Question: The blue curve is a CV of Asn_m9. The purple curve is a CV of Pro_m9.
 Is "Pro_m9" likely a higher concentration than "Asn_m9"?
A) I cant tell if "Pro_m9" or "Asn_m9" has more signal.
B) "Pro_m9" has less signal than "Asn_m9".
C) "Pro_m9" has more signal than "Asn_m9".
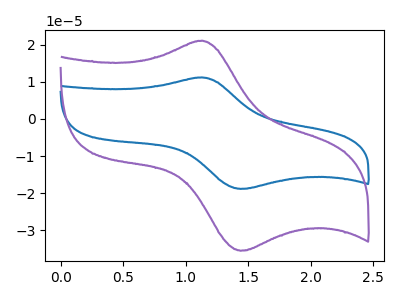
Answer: <think>The blue curve "Asn_m9" has an anodic peak at (1.15V, 11.20uA) and a cathodic peak at (1.45V, -18.85uA). The purple curve "Pro_m9" has an anodic peak at (1.15V, 21.05uA) and a cathodic peak at (1.45V, -35.45uA).
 All the peaks in "Pro_m9" have a peak in "Asn_m9" at the same potential. Every peak in "Pro_m9" is higher than every peak in "Asn_m9".</think>
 <answer>C) "Pro_m9" has more signal than "Asn_m9".</answer>
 <eval>C</eval>